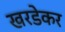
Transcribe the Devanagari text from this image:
खरडेकर